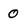
Character: 0